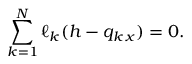
\sum _ { k = 1 } ^ { N } \ell _ { k } ( h - q _ { k \, x } ) = 0 .